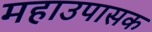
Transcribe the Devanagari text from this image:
महाउपासक